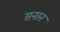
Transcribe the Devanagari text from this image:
सनान